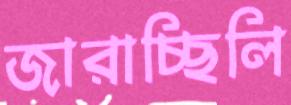
জারাচ্ছিলি